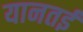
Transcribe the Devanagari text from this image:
यानतई